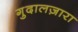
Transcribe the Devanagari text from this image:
गुदालज़ारा